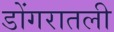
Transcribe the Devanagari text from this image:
डोंगरातली